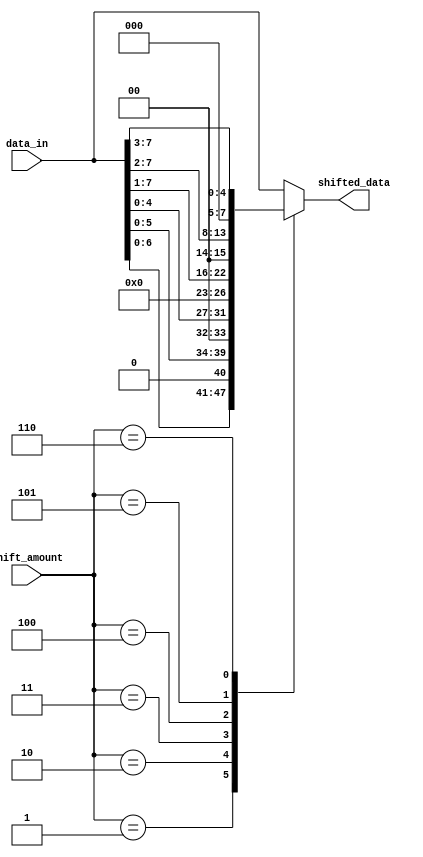
module Barrel_Shifter(
    input wire [7:0] data_in,
    input wire [2:0] shift_amount,
    output reg [7:0] shifted_data
);

always @(*) begin
    case(shift_amount)
        3'b000: shifted_data = data_in; // no shift
        3'b001: shifted_data = data_in << 1; // shift left by 1
        3'b010: shifted_data = data_in << 2; // shift left by 2
        3'b011: shifted_data = data_in << 3; // shift left by 3
        3'b100: shifted_data = data_in >> 1; // shift right by 1
        3'b101: shifted_data = data_in >> 2; // shift right by 2
        3'b110: shifted_data = data_in >> 3; // shift right by 3
        default: shifted_data = data_in; // no shift
    endcase
end

endmodule